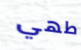
طهي